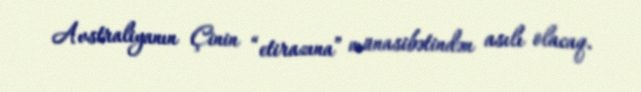
Avstraliyanın Çinin “etirazına” münasibətindən asılı olacaq.